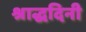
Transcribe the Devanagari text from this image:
श्राद्धदिनी